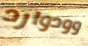
وودوارد